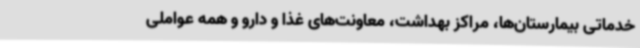
خدماتی بیمارستان‌ها، مراکز بهداشت، معاونت‌های غذا و دارو و همه عواملی